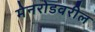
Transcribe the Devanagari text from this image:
मेनरोडवरील